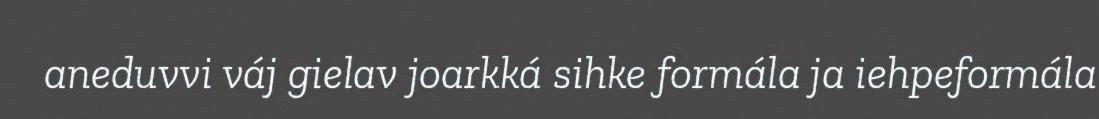
aneduvvi váj gielav joarkká sihke formála ja iehpeformála